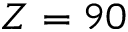
Z = 9 0